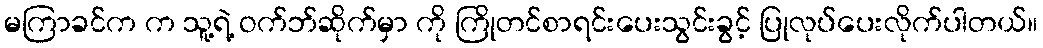
မကြာခင်က က သူ့ရဲ့ ဝက်ဘ်ဆိုက်မှာ ကို ကြိုတင်စာရင်းပေးသွင်းခွင့် ပြုလုပ်ပေးလိုက်ပါတယ်။